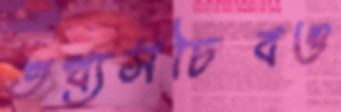
তথ্যসচিবও